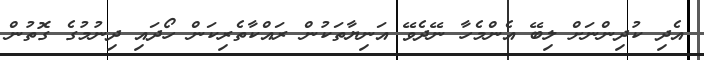
އެދި ކުދިންނަށް ލިބޭ އެންމެހާ ނޭދެވޭ އަނިޔާތަކުން ރައްކާތެރިކަން ހޯދައި ދިނުމުގެ ގޮތުން